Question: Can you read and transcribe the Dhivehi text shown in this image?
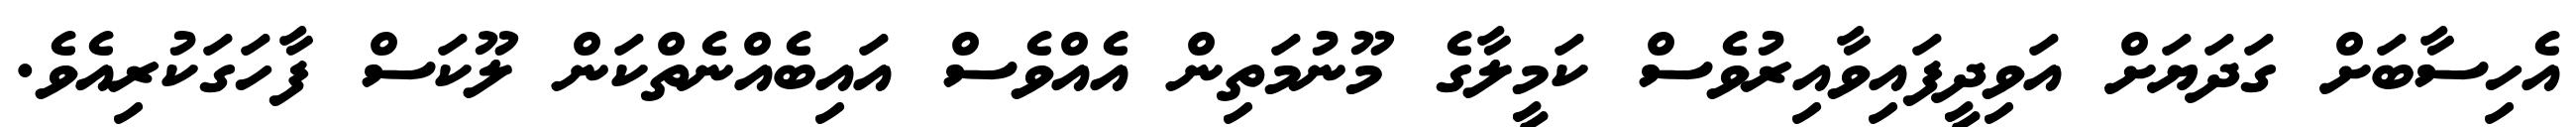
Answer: އެހިސާބަށް ގަދަޔަށް އަވިދީފައިވާއިރުވެސް ކަމީލާގެ މޫނުމަތިން އެއްވެސް އައިބެއްނެތްކަން ލޫކަސް ފާހަގަކުރިއެވެ.